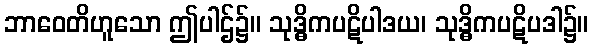
ဘာဝေတိဟူသော ဤပါဌ်၌။ သုဒ္ဓိကပဋိပါဒယ၊ သုဒ္ဓိကပဋိပဒါ၌။